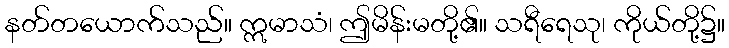
နတ်တယောက်သည်။ ဣမာသံ၊ ဤမိန်းမတို့၏။ သရီရေသု၊ ကိုယ်တို့၌။